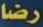
رضا